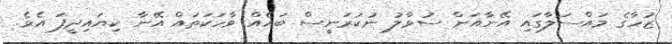
ޒުހާގެ މައްސަލާގައި އޭނާއަށް ސުވާލު ނުކުރަނީސް ބައެއް ވާހަކަތައް އޭނާ ކިޔައިދީފަ އެވެ.